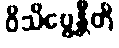
ဝိသိဗ္ဗေန္တီတိ